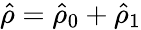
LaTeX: \hat{\rho}=\hat{\rho}_{0}+\hat{\rho}_{1}